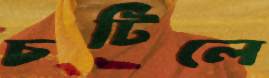
চটিলে